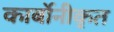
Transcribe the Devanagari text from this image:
कार्बोनीकृत